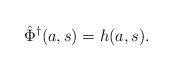
LaTeX: \begin{align*}\hat \Phi^\dagger(a,s) = h(a,s).\end{align*}